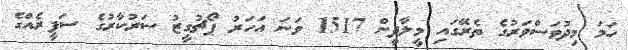
ހަމަ މިދުވަސްވަރުގެ ތެރޭގައި މީލާދީން 1517 ވަނަ އަހަރު ޕޯޗުގީޒު ސަރުކާރުގެ ސަފީރެއްގެ